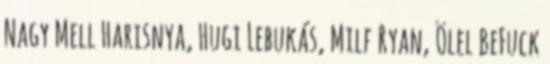
Nagy Mell Harisnya, Hugi Lebukás, Milf Ryan, Ölel BeFuck